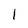
Character: 1